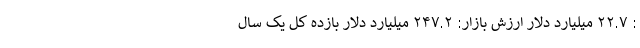
: ۲۲.۷ میلیارد دلار ارزش بازار: ۲۴۷.۲ میلیارد دلار بازده کل یک سال